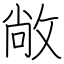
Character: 敞